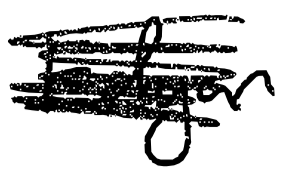
Text: Edgar
Cross-out: mix
Writing tool: digital_black